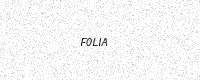
Text: F0LIA